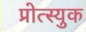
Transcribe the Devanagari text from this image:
प्रोत्स्युक